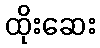
ထိုးဆေး